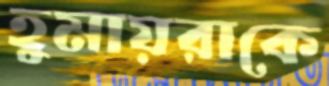
হুমায়রাকে